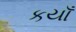
કયાઁ